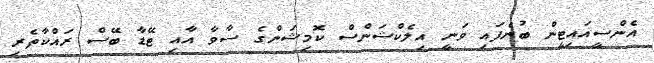
އެންސީއައިޓީން ބުނެފައި ވަނީ އިލެކްޝަންސް ކޮމިޝަންގެ ސާވާ އާއި ޓޭޑާ ބޭސް ރައްކާތެރި